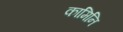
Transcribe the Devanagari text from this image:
कामिनि